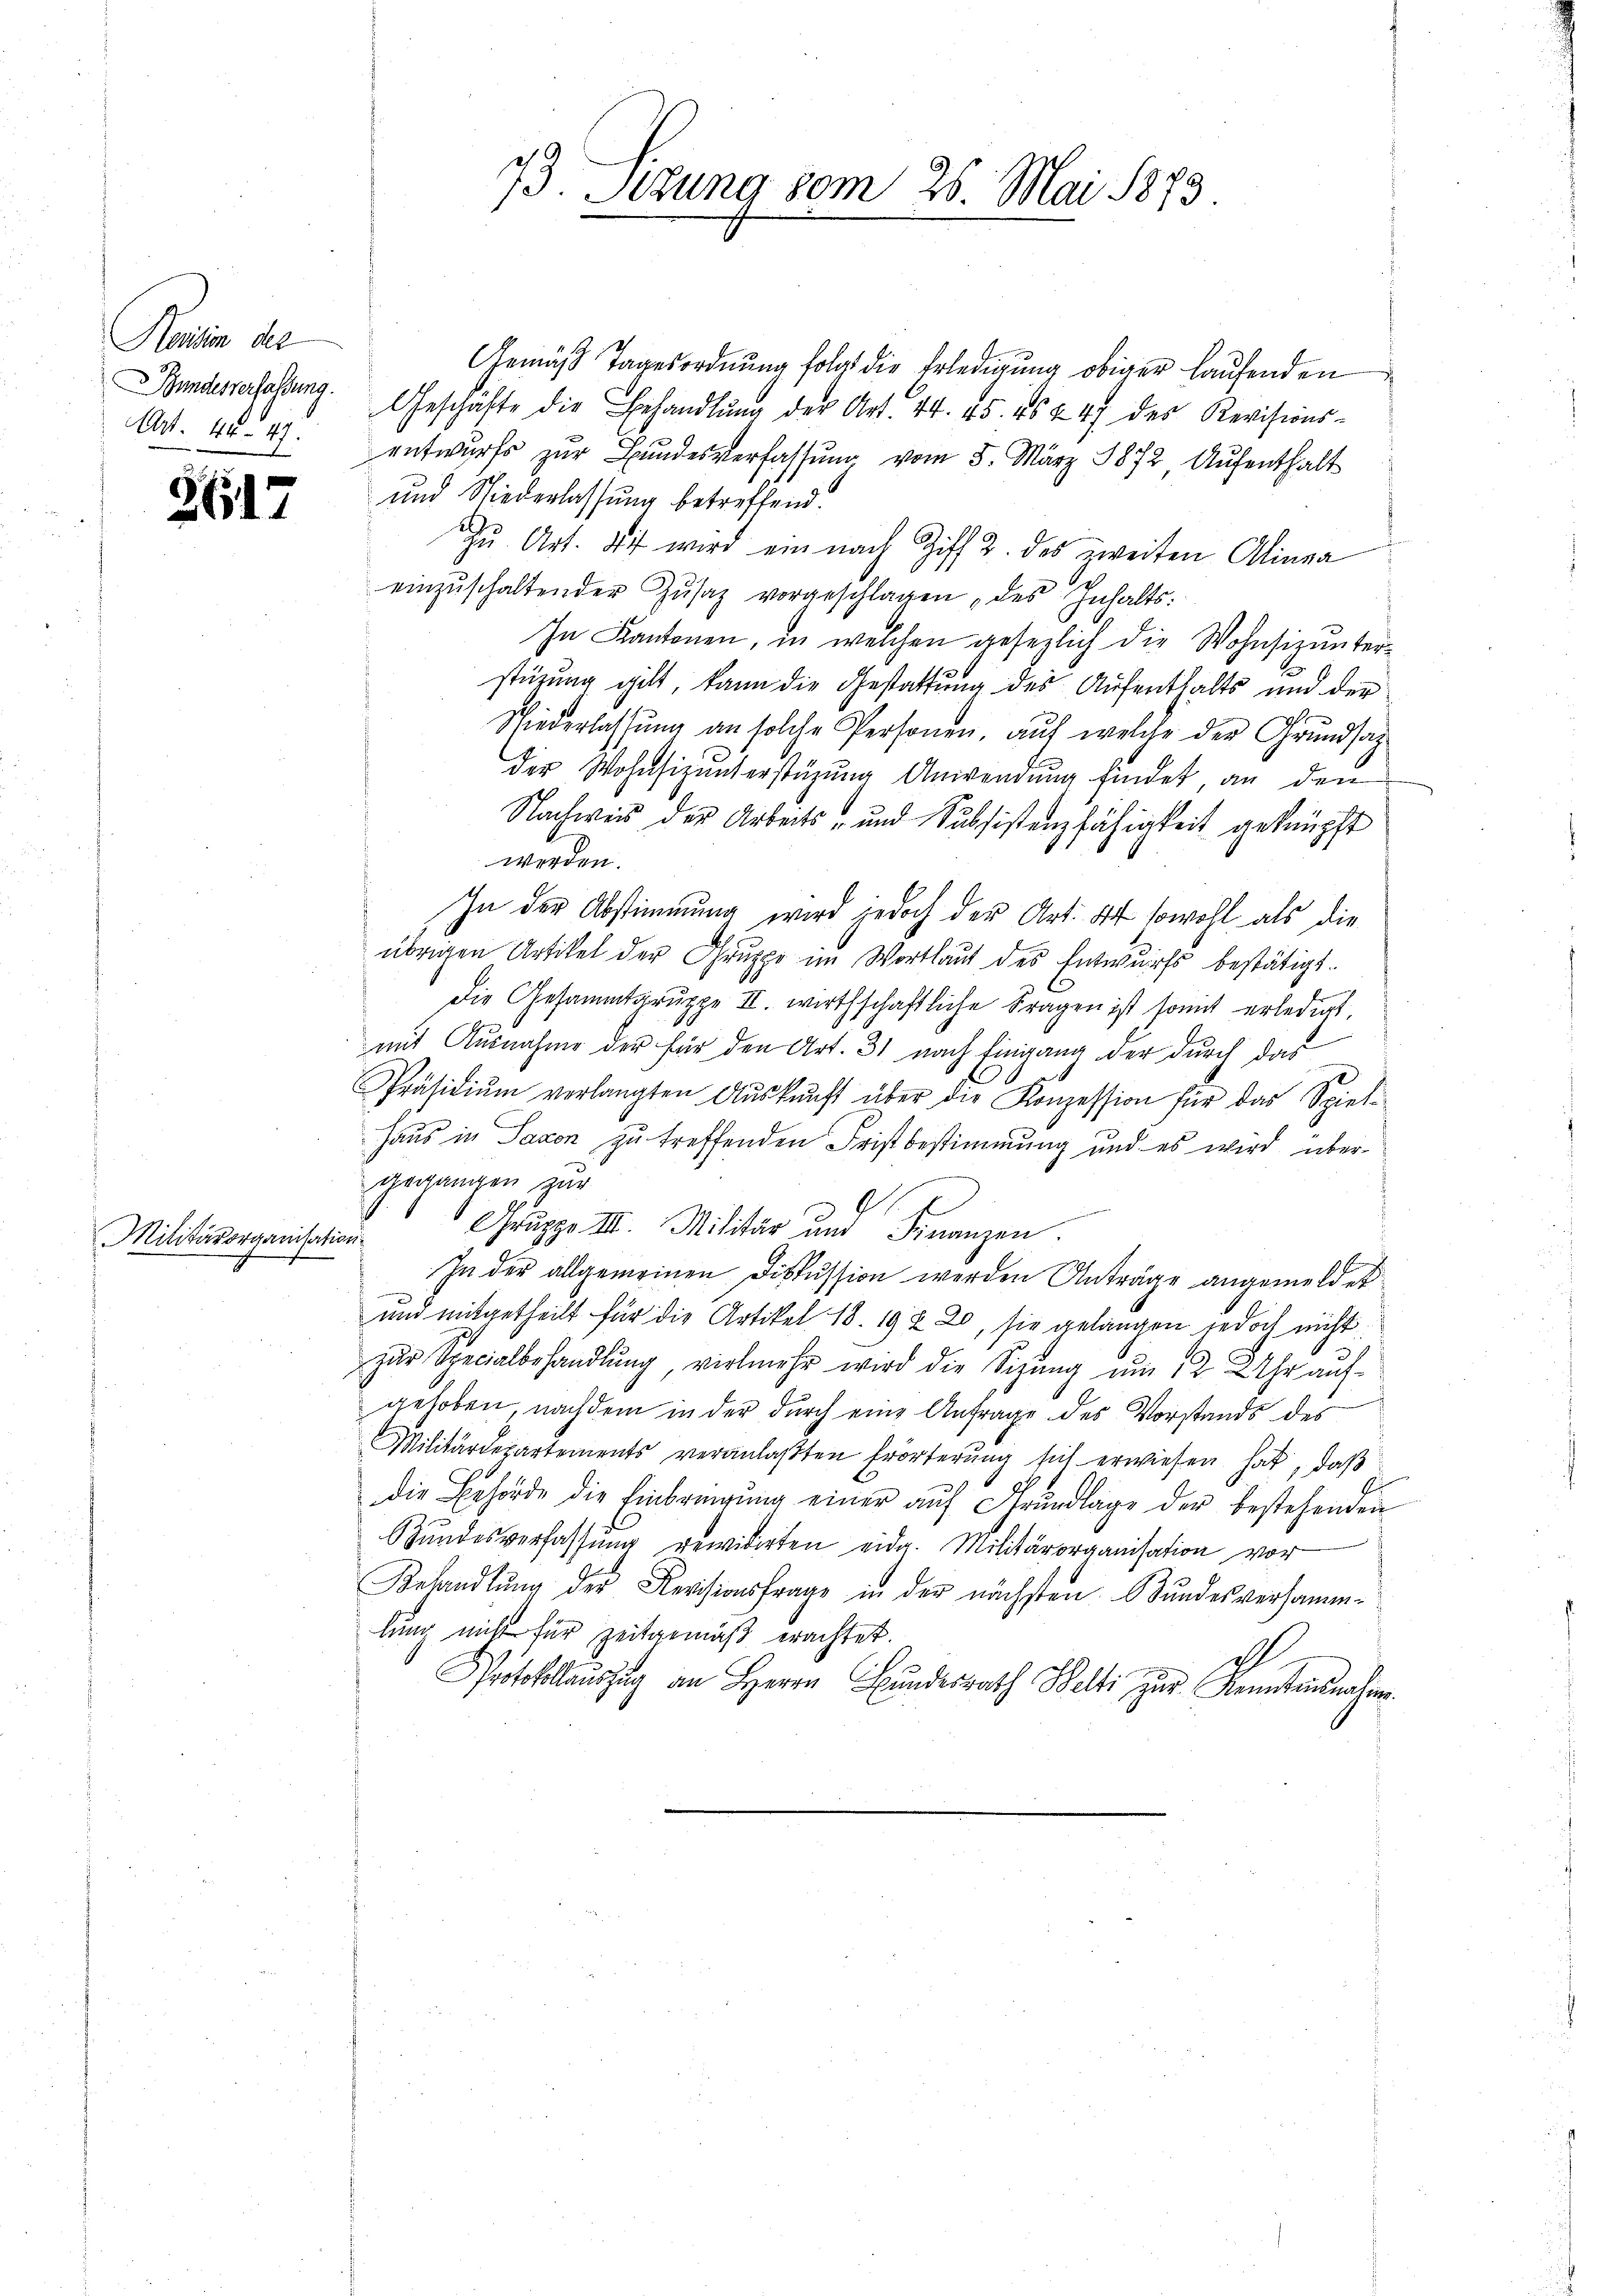
Rentin der
Bundesverfassung.
Art. 44. 47.

26

Militärorganisation

Gemäβ Tagesordnŭng folgt die Erledigung obiger laŭfenden
Geschäfte die Behandlŭng der Art. 44. 45. 45 x 47 des Revisions-
entwurfs zur Bundesverfassung vom 5. März 1872 Aufenthalt
und Niederlassung betreffend.
Zu Art. Die wird ein nach Ziff 2. des zweiten Alinea
einzŭschaltender Zŭsaz vorgeschlagen, des Inhalts¬
In Kantonen, in welchen gesezlich die Wohnsizunter-
stüzung gilt, kann die Gestattung des Aufenthalts und der
Niederlassŭng an solche Personen, auf welche der Grundsaz
der Wohnsizunterstüzung Anwendung findet, an den
Nachweis der Arbeits- und Subsistenzfähigkeit geknüpft
werden.
In der Abstimmung wird jedoch der Art. Er sowohl als die
übrigen Artikel der Gruppe im Wortlaut des Entwurfs bestätigt.
Die Gesammtgruppe II. wirthschaftliche Fragen ist somit erledigt
mit Ausnahme der für den Art. 31 nach Eingang der durch das
Präsidiŭm verlangten Aŭskŭnft über die Konzession für das Spiel-
Haus in Saxon zu treffenden Fristbestimmung und es wird übergegangen zur
G.
Gruppe III. Militär und Finanzen
In der allgemeinen Diskussion werden Anträge angemeldet
d
und mitgetheilt für die Artikel 18. 19 § 20, sie gelangen jedoch nicht
zur Specialbehandlung, vielmehr wird die Sitzung um 12 Uhr aufgehoben, nachdem in der durch eine Anfrage des Vorstands des
Militärdepartements veranlaßten Erörterung sich erwiesen hat, daß
die Behörde die Einbringung einer auf Grundlage der bestehenden
Bŭndesverfassŭng revidirten eidg. Militärorganisation vor
Behandlung der Revisionsfrage in der nächsten Bundes versamm-
lung nicht für Zeitgemäß erachtet.
A
Protokollauszug an Herrn Bŭndesrath Beli zur Kenntni

73 Setzung vom 26. Mai 1873